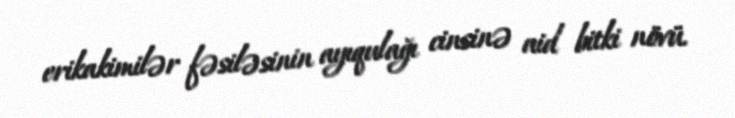
erikakimilər fəsiləsinin ayıqulağı cinsinə aid bitki növü.